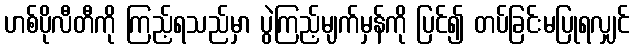
ဟစ်ပိုလီတီကို ကြည့်ရသည်မှာ ပွဲကြည့်မျက်မှန်ကို ပြင်၍ တပ်ခြင်းမပြုရလျှင်